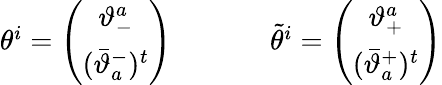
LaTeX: \begin{array}{cc}{{\theta^{i}=\left(\begin{array}{c}{{\vartheta_{-}^{a}}}\\ {{(\bar{\vartheta}_{a}^{-})^{t}}}\end{array}\right)~~~~~}}&{{~~~~~\tilde{\theta}^{i}=\left(\begin{array}{c}{{\vartheta_{+}^{a}}}\\ {{(\bar{\vartheta}_{a}^{+})^{t}}}\end{array}\right)}}\end{array}